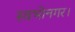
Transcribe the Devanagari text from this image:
स्वभोनगर।